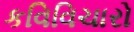
કવિવિચારો